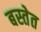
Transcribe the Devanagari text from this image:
बस्तेत